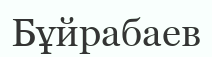
Бұйрабаев